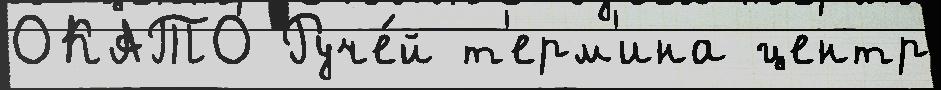
ОКАТО Руче́й т'ерм'ина центр